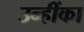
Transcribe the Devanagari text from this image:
उन्हींका